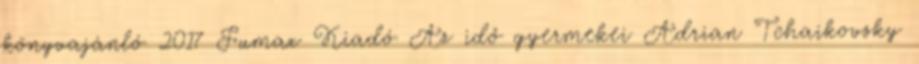
könyvajánló 2017 Fumax Kiadó Az idő gyermekei Adrian Tchaikovsky